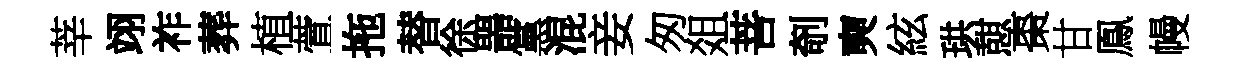
莘翊祚葬植萱拖替徐噐黨混妾匆爼菩剞奭絃珙憇棗甘鳯幔